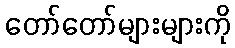
တော်တော်များများကို